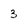
Character: 3